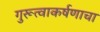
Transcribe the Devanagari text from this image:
गुरूत्वाकर्षणाचा